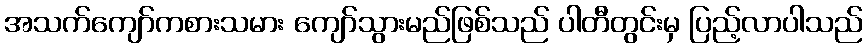
အသက်ကျော်ကစားသမား ကျော်သွားမည်ဖြစ်သည် ပါတီတွင်းမှ ပြည့်လာပါသည်